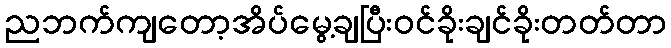
ညဘက်ကျတော့အိပ်မွေ့ချပြီးဝင်ခိုးချင်ခိုးတတ်တာ